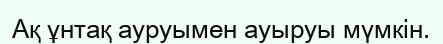
Ақ ұнтақ ауруымен ауыруы мүмкін.